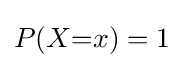
P(X{=}x)=1